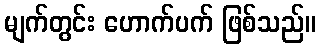
မျက်တွင်း ဟောက်ပက် ဖြစ်သည်။